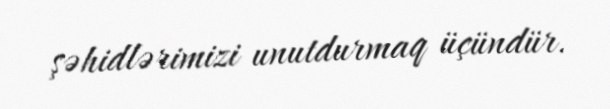
şəhidlərimizi unutdurmaq üçündür.